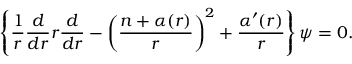
\left\{ \frac { 1 } { r } \frac { d } { d r } r \frac { d } { d r } - \left( \frac { n + \alpha ( r ) } { r } \right) ^ { 2 } + \frac { \alpha ^ { \prime } ( r ) } { r } \right\} \psi = 0 { } .